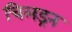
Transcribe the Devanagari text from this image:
चिलड्रन